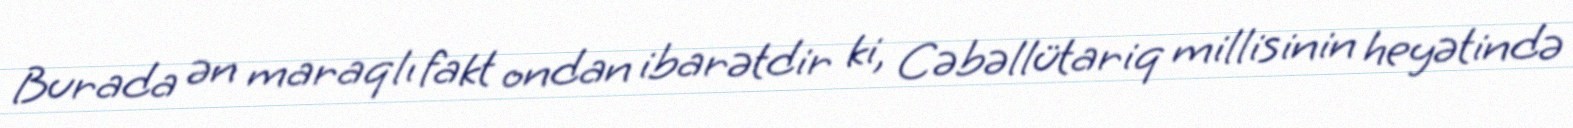
Burada ən maraqlı fakt ondan ibarətdir ki, Cəbəllütariq millisinin heyətində